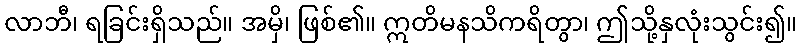
လာဘီ၊ ရခြင်းရှိသည်။ အမှိ၊ ဖြစ်၏။ ဣတိမနသိကရိတွာ၊ ဤသို့နှလုံးသွင်း၍။